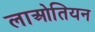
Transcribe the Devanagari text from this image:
लाओतियन